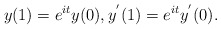
\begin{align*}y(1)=e^{it}y(0),y^{^{\prime}}(1)=e^{it}y^{^{\prime}}(0).\end{align*}